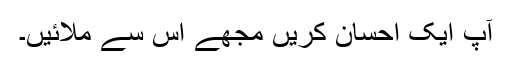
آپ ایک احسان کریں مجھے اس سے ملائیں۔